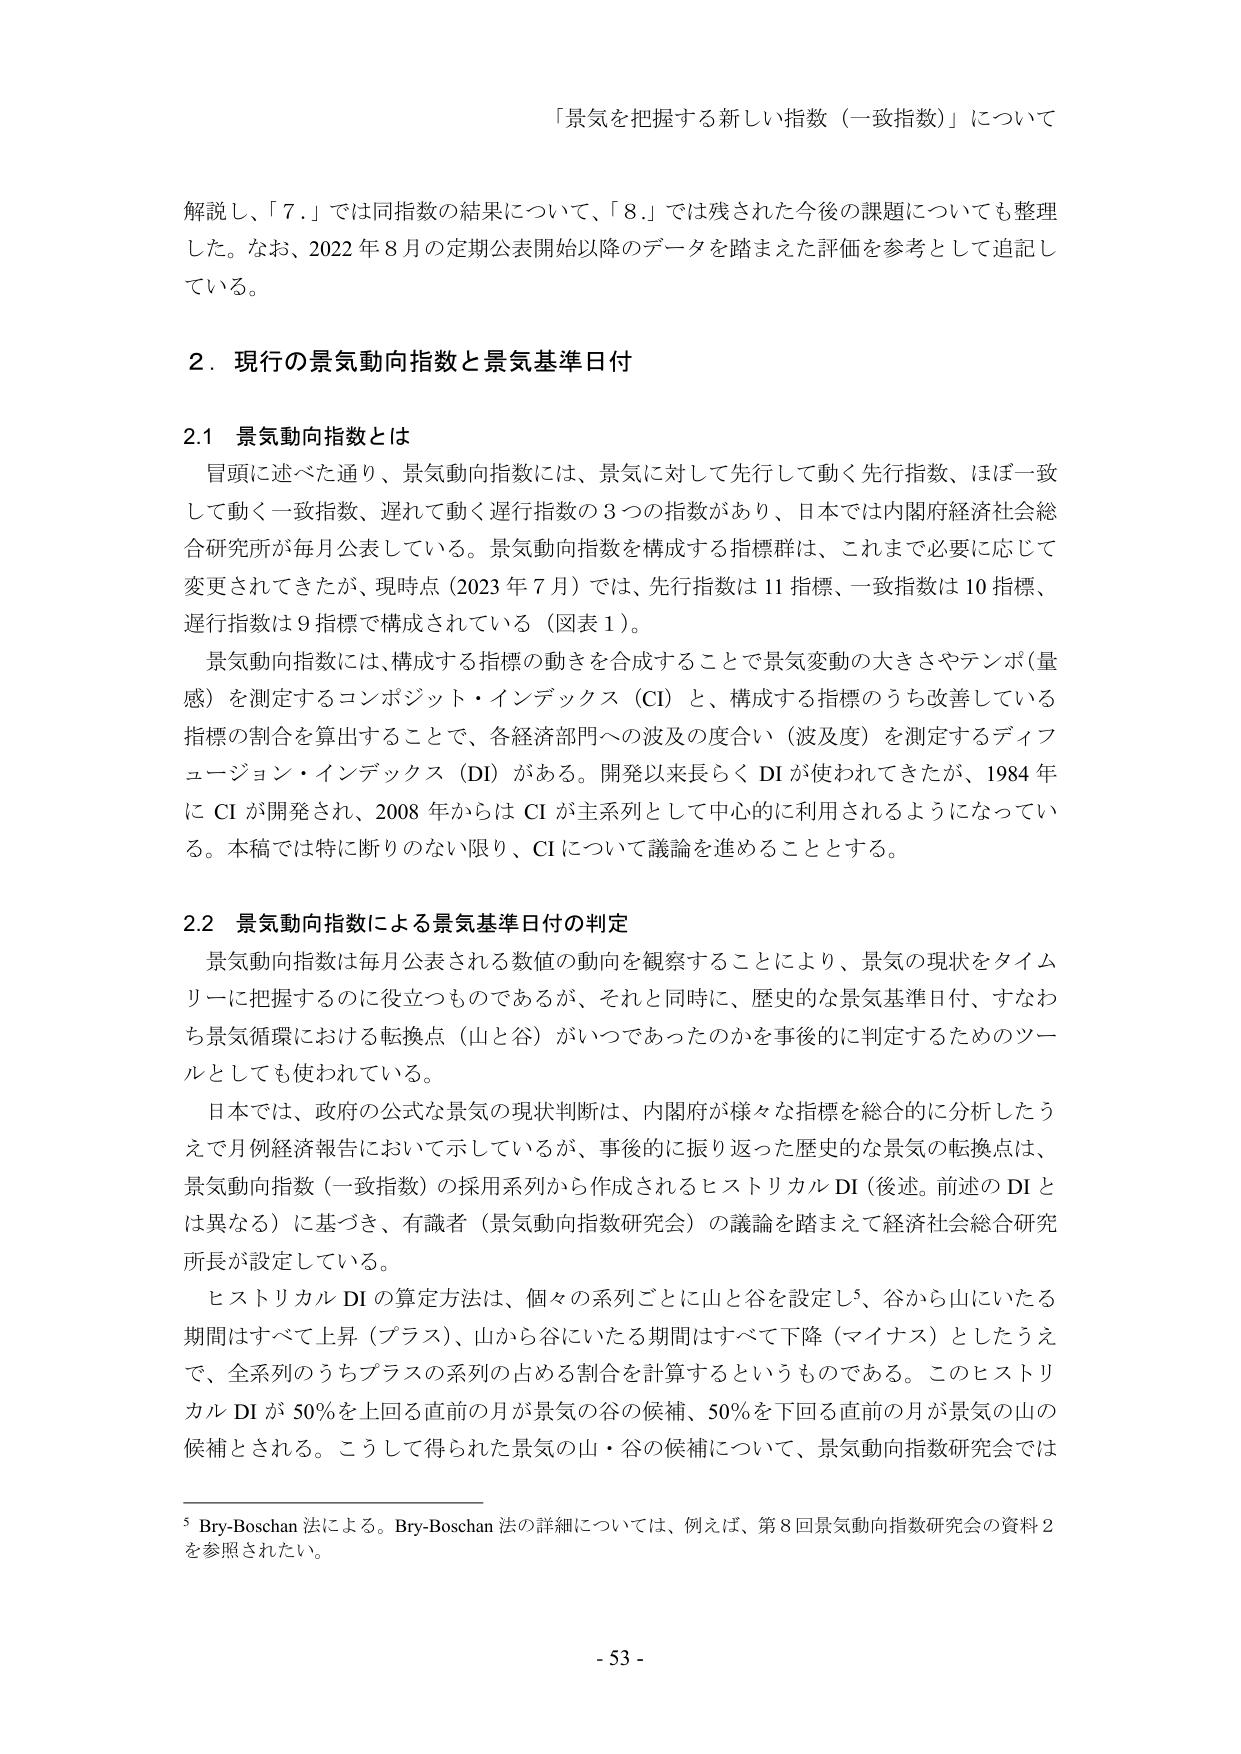
「景気を把握する新しい指数（一致指数）」について

解頭し、「7.」では同指数の結果について、「8.」では残された今後の課題についても整理した。なお、2022年8月の定期公表開始以降のデータを踏まえた評価を参考として追記している。

2．現行の景気動向指数と景気基準日付

2.1 景気動向指数とは

冒頭に述べた通り、景気動向指数には、景気に対して先行して動く先行指数、ほぼ一致して動く一致指数、遅れて動く遅行指数の3つの指数があり、日本では内閣府経済社会総合研究所が毎月公表している。景気動向指数を構成する指標群は、これまで必要に応じて変更されてきたが、現時点（2023年7月）では、先行指数は11指標、一致指数は10指標、遅行指数は9指標で構成されている（図表1）。

景気動向指数には、構成する指標の動きを合成することで景気変動の大きさやテンポ（量感）を測定するコンポジット・インデックス（CI）と、構成する指標のうち改善している指標の割合を算出することで、各経済部門への波及の度合い（波及度）を測定するディフュージョン・インデックス（DI）がある。開発以来長らくDIが使われてきたが、1984年にCIが開発され、2008年からはCIが主系列として中心的に利用されるようになっている。本稿では特に断りのない限り、CIについて議論を進めることとする。

2.2 景気動向指数による景気基準日付の判定

景気動向指数は毎月公表される数値の動向を観察することにより、景気の現状をタイムリーに把握するのに役立つものであるが、それと同時に、歴史的な景気基準日付、すなわち景気循環における転換点（山と谷）がいつであったのかを事後的に判定するためのツールとしても使われている。

日本では、政府の公式な景気の現状判断は、内閣府が様々な指標を総合的に分析したうえで月例経済報告において示しているが、事後的に振り返った歴史的な景気の転換点は、景気動向指数（一致指数）の採用系列から作成されるヒストリカルDI（後述。前述のDIとは異なる）に基づき、有識者（景気動向指数研究会）の議論を踏まえて経済社会総合研究所長が設定している。

ヒストリカルDIの算定方法は、個々の系列ごとに山と谷を設定し⁵、谷から山にいたる期間はすべて上昇（プラス）、山から谷にいたる期間はすべて下降（マイナス）としたうえで、全系列のうちプラスの系列の占める割合を計算するというものである。このヒストリカルDIが50％を上回る直前の月が景気の谷の候補、50％を下回る直前の月が景気の山の候補とされる。こうして得られた景気の山・谷の候補について、景気動向指数研究会では

⁵ Bry-Boschan法による。Bry-Boschan法の詳細については、例えば、第8回景気動向指数研究会の資料2を参照されたい。

- 53 -